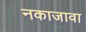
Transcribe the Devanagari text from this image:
नकाजावा